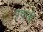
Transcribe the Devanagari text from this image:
प्रचली